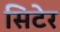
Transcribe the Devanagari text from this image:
सिटेर